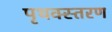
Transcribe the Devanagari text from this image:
पृथक्स्तरण